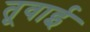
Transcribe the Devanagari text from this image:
तूवाई